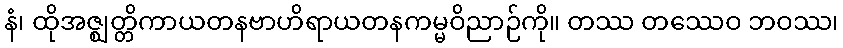
နံ၊ ထိုအဇ္ဈတ္တိကာယတနဗာဟိရာယတနကမ္မဝိညာဉ်ကို။ တဿ တဿေဝ ဘဝဿ၊